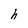
Character: h